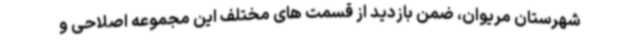
شهرستان مریوان، ضمن بازدید از قسمت های مختلف این مجموعه اصلاحی و